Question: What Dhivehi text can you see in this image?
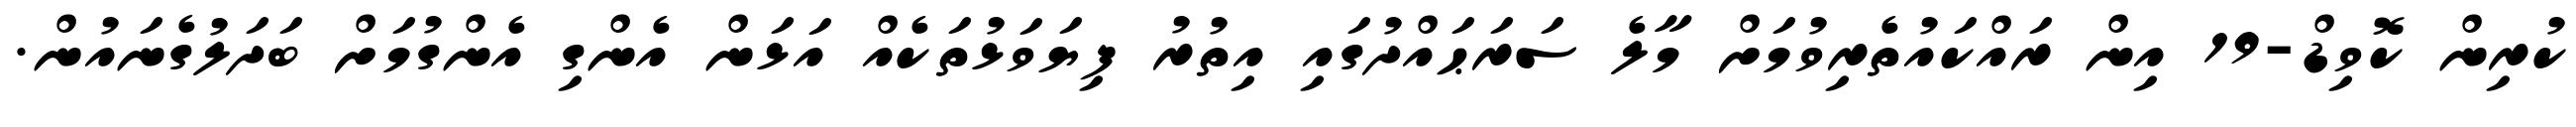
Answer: ކުރިން ކޮވިޑް-19 އިން ރައްކައުތެރިވުމަށް މާލެ ސަރަޙައްދުގައި އިތުރު ފިޔަވަޅުތަކެއް އަޅަން އެންގި އެންގުމަށް ބަދަލުގެނައުން.